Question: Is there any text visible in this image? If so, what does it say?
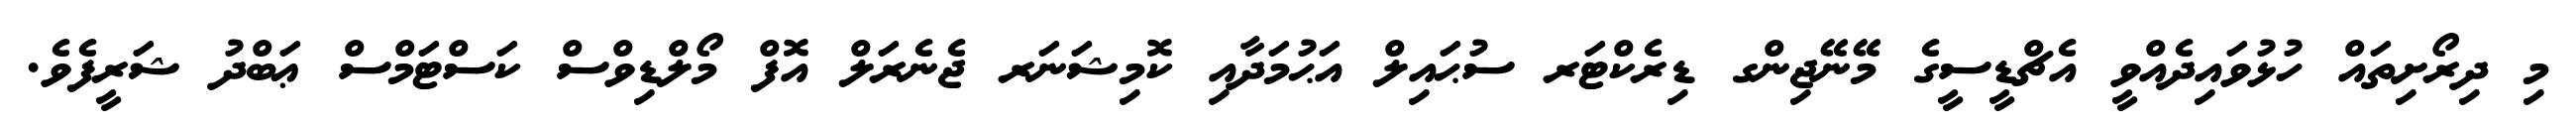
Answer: މި ދިރޯށިތައް ހުޅުވައިދެއްވީ އެޗްޑީސީގެ މޭނޭޖިންގ ޑިރެކްޓަރ ސުޙައިލް އަޙުމަދާއި ކޮމިޝަނަރ ޖެނެރަލް އޮފް މޯލްޑިވްސް ކަސްޓަމްސް ޢަބްދު ޝަރީފެވެ.